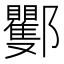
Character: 䣤